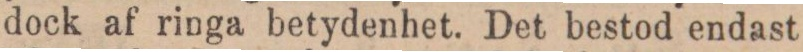
dock af ringa betydenhet. Det bestod endast